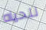
للحياه